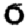
Digit: 0